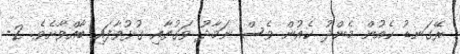
ރޭގަނޑު ކެއުން މެންދު ކެއުން ވެސް ނަމާދު ވަގުތާއި ގުޅުވާފައި ބާއްވާށެވެ. 2-